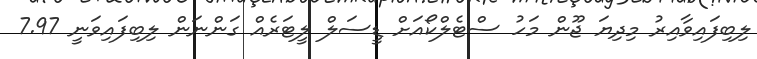
ލިބިފައިވާއިރު މިދިޔަ ޖޫން މަހު ސްޓެލްކޯއަށް ޑީސަލް ލީޓަރެއް ގަންނަން ލިބިފައިވަނީ 7.97